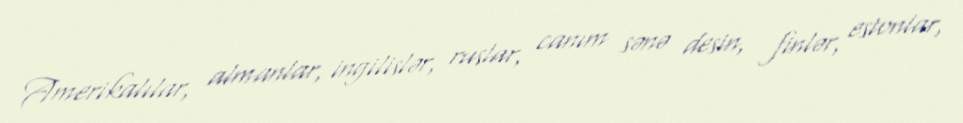
Amerikalılar, almanlar, ingilislər, ruslar, canım sənə desin, finlər, estonlar,